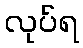
လုပ်ရ